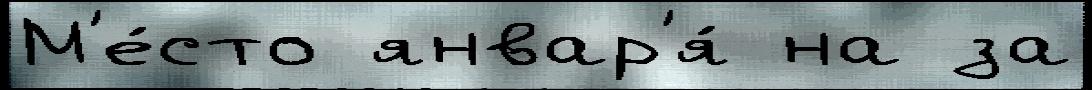
М'е́сто январ'я́ на за